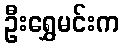
ဦးရွှေမင်းက